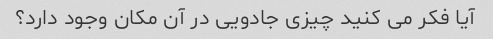
آیا فکر می کنید چیزی جادویی در آن مکان وجود دارد؟